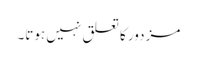
مزدور کا تعلق نہیں ہوتا۔